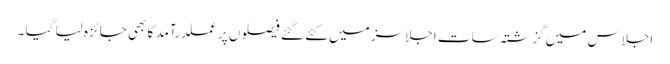
اجلاس میں گزشتہ سات اجلاسز میں کئے گئے فیصلوں پر عملدرآمد کا بھی جائزہ لیا گیا ۔